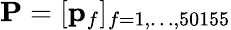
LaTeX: \mathbf{P}=[\mathbf{p}_{f}]_{f=1,\ldots,50155}